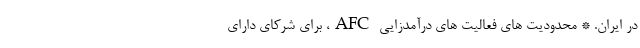
در ایران. * محدودیت های فعالیت های درآمدزایی AFC، برای شرکای دارای